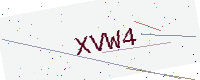
Text: XVW4